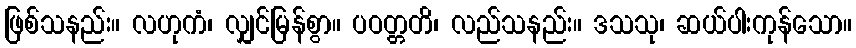
ဖြစ်သနည်း။ လဟုကံ၊ လျှင်မြန်စွာ။ ပဝတ္တတိ၊ လည်သနည်း။ ဒသသု၊ ဆယ်ပါးကုန်သော။